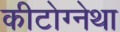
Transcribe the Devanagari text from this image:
कीटोग्नेथा